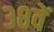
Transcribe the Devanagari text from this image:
३८वें